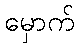
မှောက်